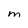
Character: M